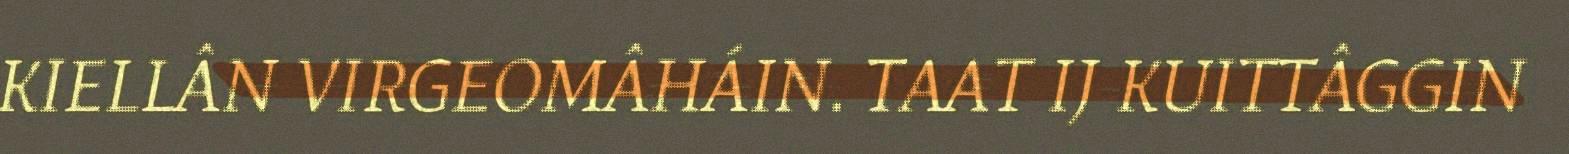
KIELLÂN VIRGEOMÂHÁIN. TAAT IJ KUITTÂGGIN